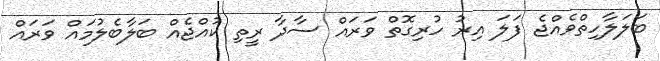
ބަލަލާހިތްވެއްޖެ ފަލަ އިރު ހުރިގޮތް ވަރައް ސާދާ ރީތި ކުއްޖެއް ބަލާބެލުމައް ވަރައް